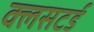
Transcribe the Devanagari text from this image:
क्लसटर्ड